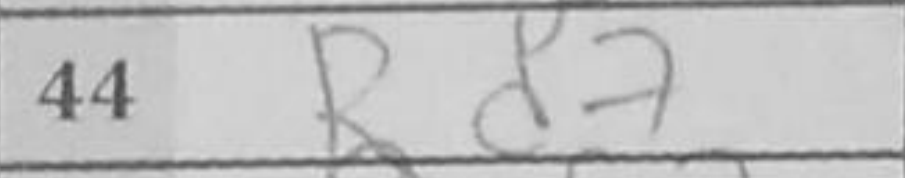
Transcription: Rd7